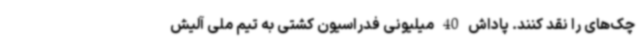
چک‌های را نقد کنند. پاداش 40 میلیونی فدراسیون کشتی به تیم ملی آلیش